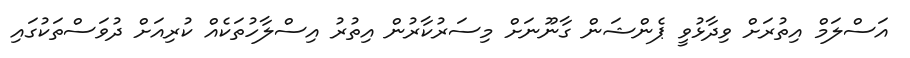
އަސްލަމް އިތުރަށް ވިދާޅުވީ ޕެންޝަން ގާނޫނަށް މިސަރުކާރުން އިތުރު އިސްލާހުތަކެއް ކުރިއަށް ދުވަސްތަކުގައި